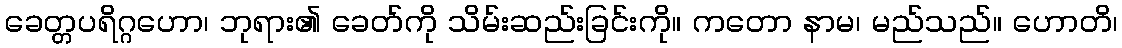
ခေတ္တပရိဂ္ဂဟော၊ ဘုရား၏ ခေတ်ကို သိမ်းဆည်းခြင်းကို။ ကတော နာမ၊ မည်သည်။ ဟောတိ၊